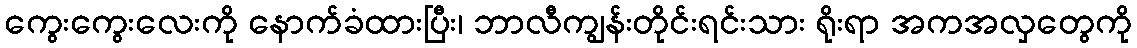
ကွေးကွေးလေးကို နောက်ခံထားပြီး၊ ဘာလီကျွန်းတိုင်းရင်းသား ရိုးရာ အကအလှတွေကို